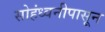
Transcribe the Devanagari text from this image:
सोहंध्वनीपासून